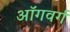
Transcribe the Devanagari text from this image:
ऑगवर्ग